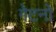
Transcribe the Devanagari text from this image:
गेटनो